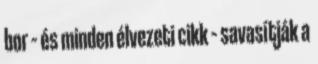
bor – és minden élvezeti cikk – savasítják a